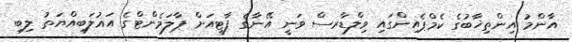
އާންމު އިންތިޚާބުގެ ކެމްޕެއިންގައި ވިލްޑާރސް ވަނީ އޭނާގެ ޕާޓީއަށް ޕާލަމެންޓްގެ އަޣުލަބިއްޔަތު ލިބި